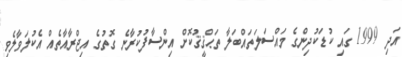
އަދި 1999 ގައި ކުޑަކުދިންގެ މައްސަލަތައްބަލާ ތަޙްޤީޤުކޮށް އިންސާފުކުރާނެ ގޮތުގެ އިޖްރާއާތެއް އެކުލަވާލެވި